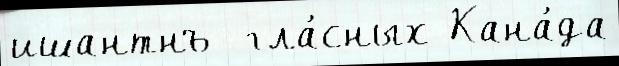
ишантнъ  гла́сных Кана́да